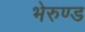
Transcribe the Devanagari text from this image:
भेरुण्ड